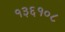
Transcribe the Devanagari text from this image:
१३६१०८